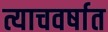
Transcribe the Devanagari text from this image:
त्याचवर्षात